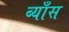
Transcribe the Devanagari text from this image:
ब्याँस